King Institute of Preventive Medicine Bacteriolog. Section reports 1907-08
Year: 1907
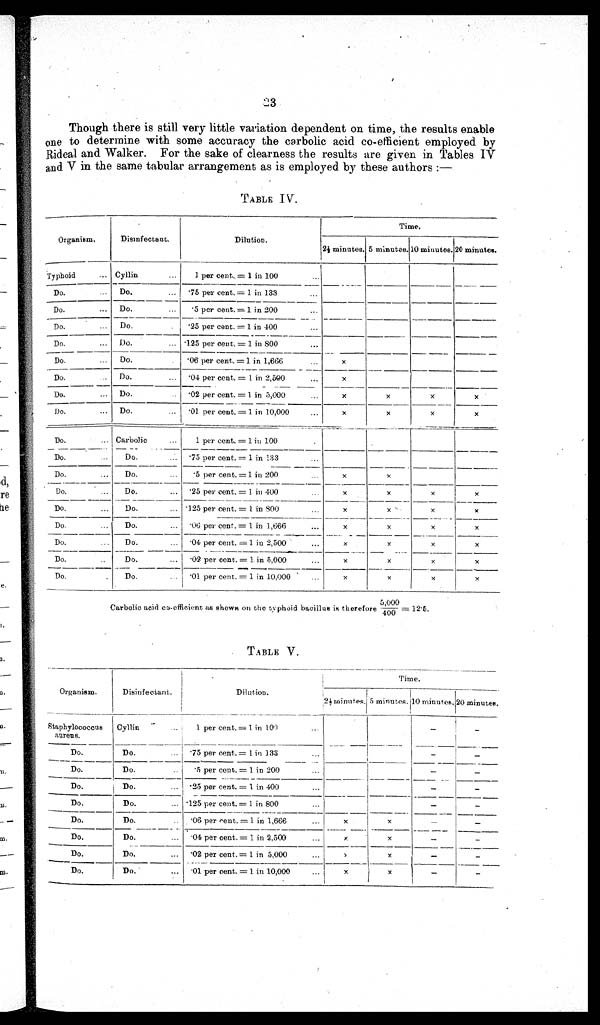
23
Though there is still very little variation dependent on time, the results enable
one to determine with some accuracy the carbolic acid co-efficient employed by
Rideal and Walker. For the sake of clearness the results are given in Tables IV
and V in the same tabular arrangement as is employed by these authors:—
TABLE I V.
Organism.
Disinfectant.
Dilution.
Time.
2½ minutes. 5 minutes. 10 minutes. 20 minutes.
Typhoid
... Cyllin
...
1 per cent. = 1 in 100
...
Do.
Do.
...
'75 per cent. = 1 in 133
Do.
...
Do.
...
5 per cent. = 1 in 200
...
Do.
...
Do.
.
'25 per cent. = 1 in 400
Do.
Do.
... '125 per cent. = 1 in S00
...
Do.
Do.
.06 per cent. =1 in 1,666...
x
Do.
Do.
'04 per cent. = 1 in 2,500...
x
Do.
...
Do.
02 per cent. = 1 in 5,000
x
x
x
x
Do.
...
Do.
...
'01 per cent. = 1 in 10,000...
x
x
x
x
Do.
... Carbolic
1 per cent. = 1 in 100
Do.
...
Do.
'75 per cent.. = 1 in 133
...
Do.
...
Do.
...
5 per cent. = 1 in 200
x
x
Do.
...
Do.
...
'25 per cent. = 1 in 400
x
x
x
x
Do.
...
Do.
... '125 per cent. = 1 in 800
...
x
x
x
x
Do.
...
Do.
...
'06 per cent.= 1 in 1,666
...
x
x
x
x
Do.
Do.
...
04 per cent. =1 in 2,500
...
x .
x
x
x
Do.
..
Do.
...
.02 per cent.= 1 in 5,000
...
x
x
x
x
Do.
Do.
...
'01 per cent.= 1 in 10,000
x
x
x
x
Carbolic acid co-efficient as shown on the typhoidbacillus is therefore 5,000/400 = 12.5.
TABLEV
Organism.
Disinfectant. Dilution.
T i m e .
2½ minutes. 5 minutes. 10 minutes. 20 minutes.
Staphylococcus
auren s.
Cyllin
..
1 per cent. = 1 in 100
—
_
Do.
Do.
'75 per cent. = 1 in 133. ..
—
—
Do.
Do.
.5 per cent.. = 1 in 200
—
—
Do.
Do.
...
. 25 per cent. = 1 in 400...
—
—
Do.
I Do.
... '125 per cent.= 1 in 800. . .
—
—
Do.
Do.
..
'06 per cent. =I in 1,666
...
x
x
—
—
Do.
Do.
...
·04 per cent. = 1 in 2,500 ...
x
x
—
—
Do.
Do.
...
'02 per cent. = 1 in 5,000
)
x
—
—
Do.
Do..
...
'01 per cent. = 1 in 10,000
X
x
—
—